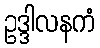
ဥဒ္ဒါလနကံ